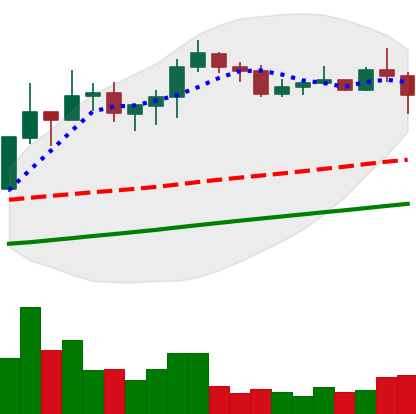
Ticker: XLM-USD
Chart end date: 2020-07-27
Forward return: 13.173%
Label: up_7plus